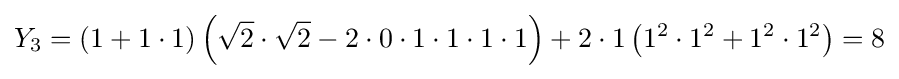
Y_{3}=\left(1+1\cdot 1\right)\left({\sqrt {2}}\cdot {\sqrt {2}}-2\cdot 0\cdot 1\cdot 1\cdot 1\cdot 1\right)+2\cdot 1\left(1^{2}\cdot 1^{2}+1^{2}\cdot 1^{2}\right)=8